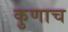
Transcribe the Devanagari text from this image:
कुणाच